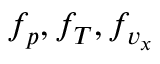
f _ { p } , f _ { T } , f _ { v _ { x } }